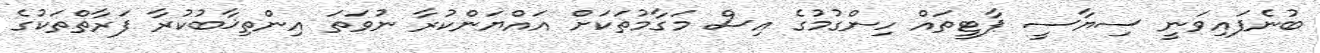
ބުނެފައިވަނީ ސިޔާސީ ޕާޓީތައް ހިންގުމުގެ އިސް މަގާމުތަކަށް އައްޔަންކުރާ ނުވަތަ އިންތިޚާބުކުރާ ފަރާތްތަކުގެ